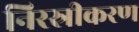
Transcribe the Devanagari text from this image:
निरस्रीकरण